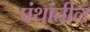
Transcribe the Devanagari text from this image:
पंथांतील